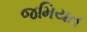
જમિયત